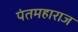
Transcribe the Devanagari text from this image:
पंतमहाराज